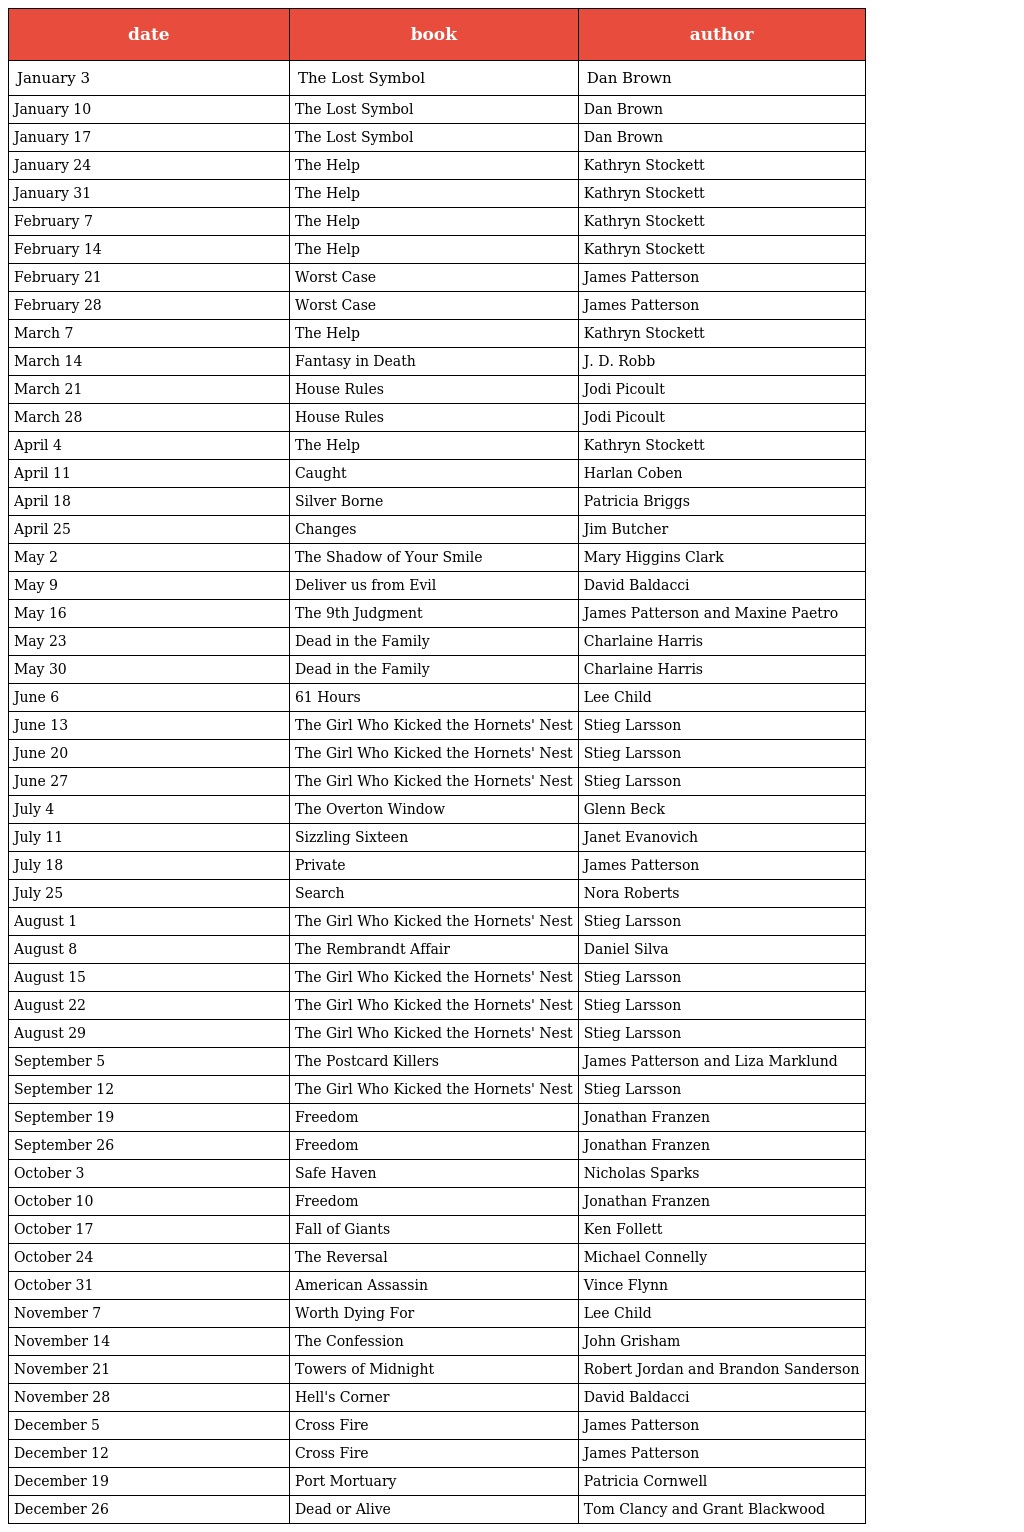
| date | book | author |
 | --- | --- | --- |
 | January 3 | The Lost Symbol | Dan Brown |
 | January 10 | The Lost Symbol | Dan Brown |
 | January 17 | The Lost Symbol | Dan Brown |
 | January 24 | The Help | Kathryn Stockett |
 | January 31 | The Help | Kathryn Stockett |
 | February 7 | The Help | Kathryn Stockett |
 | February 14 | The Help | Kathryn Stockett |
 | February 21 | Worst Case | James Patterson |
 | February 28 | Worst Case | James Patterson |
 | March 7 | The Help | Kathryn Stockett |
 | March 14 | Fantasy in Death | J. D. Robb |
 | March 21 | House Rules | Jodi Picoult |
 | March 28 | House Rules | Jodi Picoult |
 | April 4 | The Help | Kathryn Stockett |
 | April 11 | Caught | Harlan Coben |
 | April 18 | Silver Borne | Patricia Briggs |
 | April 25 | Changes | Jim Butcher |
 | May 2 | The Shadow of Your Smile | Mary Higgins Clark |
 | May 9 | Deliver us from Evil | David Baldacci |
 | May 16 | The 9th Judgment | James Patterson and Maxine Paetro |
 | May 23 | Dead in the Family | Charlaine Harris |
 | May 30 | Dead in the Family | Charlaine Harris |
 | June 6 | 61 Hours | Lee Child |
 | June 13 | The Girl Who Kicked the Hornets' Nest | Stieg Larsson |
 | June 20 | The Girl Who Kicked the Hornets' Nest | Stieg Larsson |
 | June 27 | The Girl Who Kicked the Hornets' Nest | Stieg Larsson |
 | July 4 | The Overton Window | Glenn Beck |
 | July 11 | Sizzling Sixteen | Janet Evanovich |
 | July 18 | Private | James Patterson |
 | July 25 | Search | Nora Roberts |
 | August 1 | The Girl Who Kicked the Hornets' Nest | Stieg Larsson |
 | August 8 | The Rembrandt Affair | Daniel Silva |
 | August 15 | The Girl Who Kicked the Hornets' Nest | Stieg Larsson |
 | August 22 | The Girl Who Kicked the Hornets' Nest | Stieg Larsson |
 | August 29 | The Girl Who Kicked the Hornets' Nest | Stieg Larsson |
 | September 5 | The Postcard Killers | James Patterson and Liza Marklund |
 | September 12 | The Girl Who Kicked the Hornets' Nest | Stieg Larsson |
 | September 19 | Freedom | Jonathan Franzen |
 | September 26 | Freedom | Jonathan Franzen |
 | October 3 | Safe Haven | Nicholas Sparks |
 | October 10 | Freedom | Jonathan Franzen |
 | October 17 | Fall of Giants | Ken Follett |
 | October 24 | The Reversal | Michael Connelly |
 | October 31 | American Assassin | Vince Flynn |
 | November 7 | Worth Dying For | Lee Child |
 | November 14 | The Confession | John Grisham |
 | November 21 | Towers of Midnight | Robert Jordan and Brandon Sanderson |
 | November 28 | Hell's Corner | David Baldacci |
 | December 5 | Cross Fire | James Patterson |
 | December 12 | Cross Fire | James Patterson |
 | December 19 | Port Mortuary | Patricia Cornwell |
 | December 26 | Dead or Alive | Tom Clancy and Grant Blackwood |